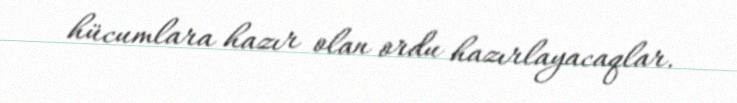
hücumlara hazır olan ordu hazırlayacaqlar.